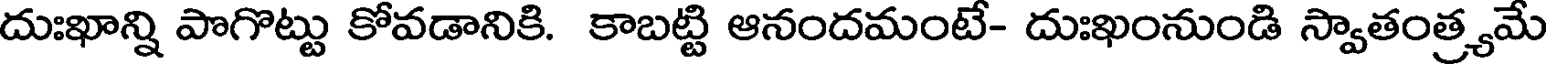
దుఃఖాన్ని పొగొట్టు కోవడానికి. కాబట్టి ఆనందమంటే- దుఃఖంనుండి స్వాతంత్ర్యమే